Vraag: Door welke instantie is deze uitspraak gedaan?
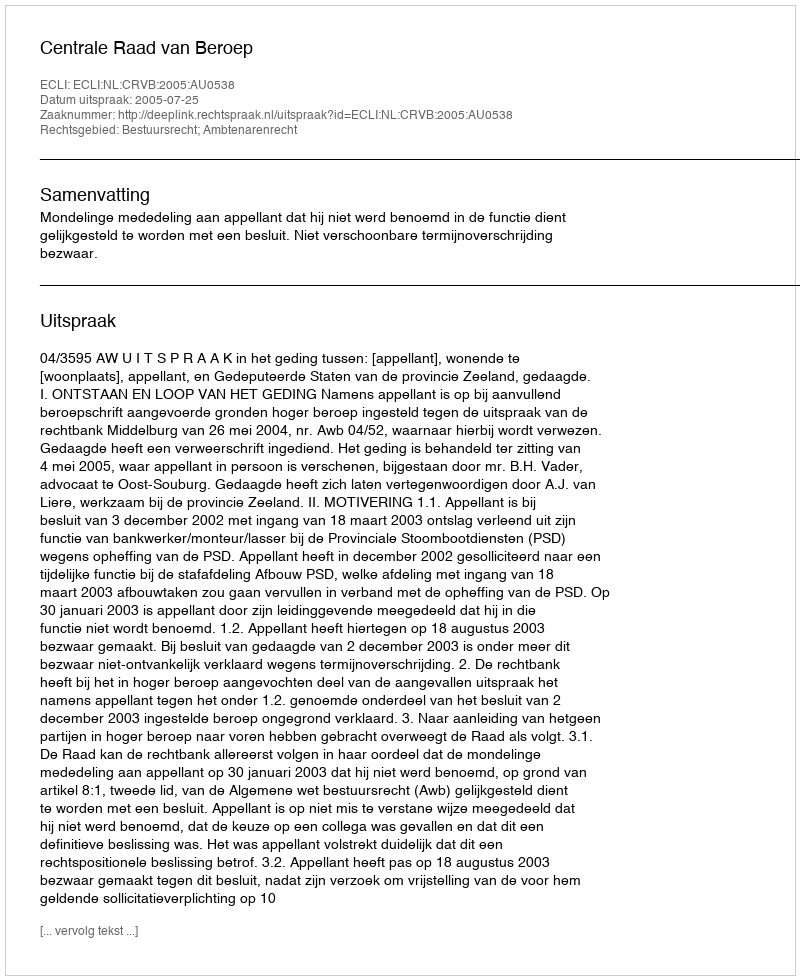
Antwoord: Centrale Raad van Beroep